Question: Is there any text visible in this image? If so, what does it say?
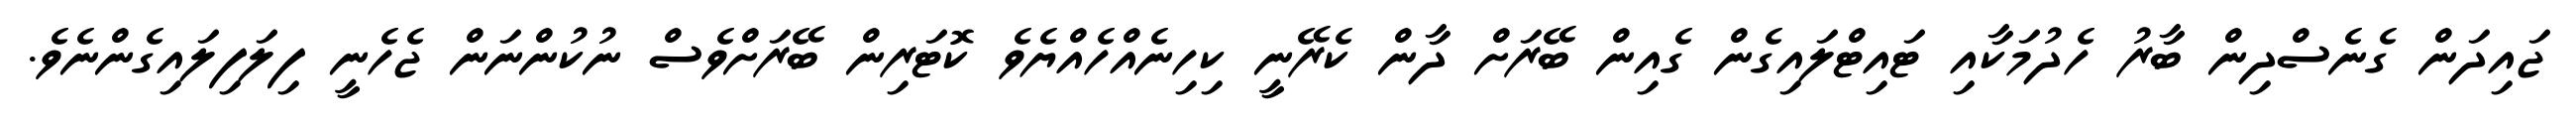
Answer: ޖައިދަން ގެނެސްދިން ބާރު ހެދުމަކާއި ޓައިޓްލައިގެން ގެއިން ބޭރަށް ދާން ކެރޭނީ ކިހިނެއްހެއްޔެވެ ކޮޓަރިން ބޭރަށްވެސް ނުކުންނަން ޖެހެނީ ފިލަފިލައިގެންނެވެ.